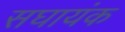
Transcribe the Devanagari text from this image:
सघायंक